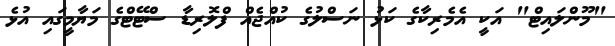
"މޫންލައިޓް" އަކީ އެމެރިކާގެ ކަޅު ނަސްލުގެ ކުއްޖެއް ފްލޮރިޑާ ސްޓޭޓްގެ މަޔާމީގައި އުޅެ